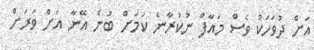
އަށް ދުވަހަކު ވެސް މައާފް ނުކުރާނެ ކަމަށް ބުނެ އޭނާ އަށް ވަރަށް